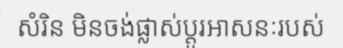
សំរិន មិនចង់ផ្លាស់ប្តូរអាសនៈរបស់